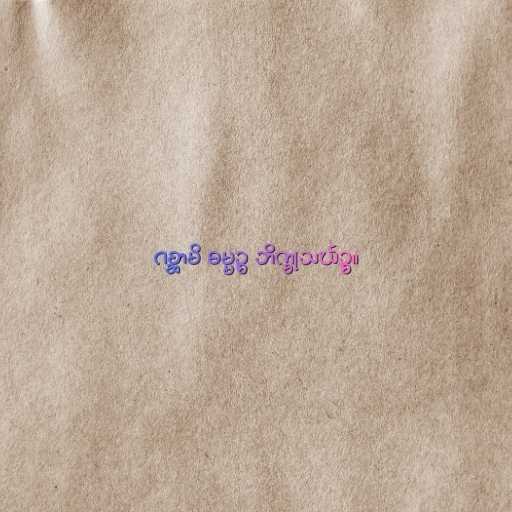
ဂစ္ဆာမိ ဓမ္မဉ္စ ဘိက္ခုသင်္ဃဉ္စ။